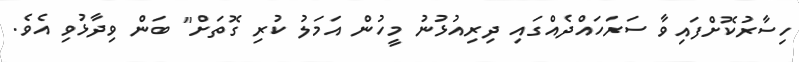
ހިސާރުކޮށްފައިވާ ސަރަހައްދެއްގައި ދިރިއުޅުނު މީހުން އަމަލު ކުރި ގޮތަށް" ބަން ވިދާޅުވި އެވެ.